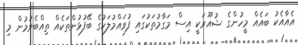
އެއާއެކު ބައެއް މީހުންގެ ޝުއޫރަކީ އިސް މަގާމުތަކުގައި ފުވައްމުލަކުގެ ބޭފުޅުންތަކެއް ތިއްބެވުމުން މި